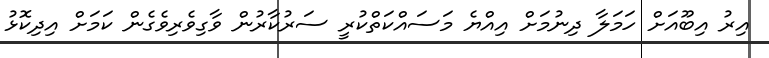
އިރު އިބޫއަށް ހަމަލާ ދިނުމަށް އިއްޔެ މަސައްކަތްކުރީ ސަރުކާރުން ވާގިވެރިވެގެން ކަމަށް އިދިކޮޅު